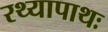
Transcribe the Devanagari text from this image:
रथ्यापाथः